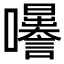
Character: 𡅜